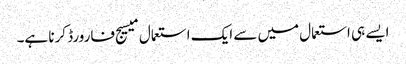
ایسے ہی استعمال میں سے ایک استعمال میسیج فارورڈ کرنا ہے۔